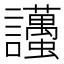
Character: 𧮚